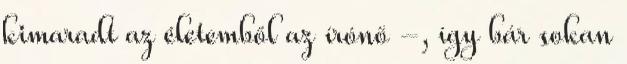
kimaradt az életemből az írónő -, így bár sokan